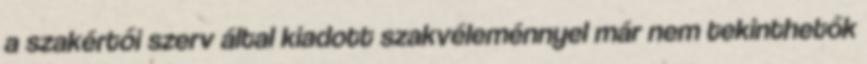
a szakértői szerv által kiadott szakvéleménnyel már nem tekinthetők